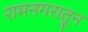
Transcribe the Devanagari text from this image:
रामनगरातून